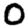
Digit: 0